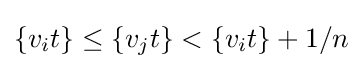
\{v_{i}t\}\leq \{v_{j}t\}<\{v_{i}t\}+1/n